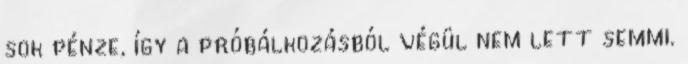
sok pénze, így a próbálkozásból végül nem lett semmi.